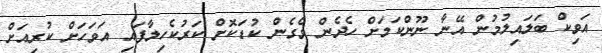
އަވިކް ބަލައިލުމުން އޭނާ ނޫންކަމަށް ހެދެން ވެގެން ކުޑަކޮށް ކަރުކެހިލާފައި އަވަހަށް ކުރިއަށް